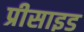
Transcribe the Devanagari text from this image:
प्रीसाइड